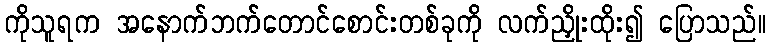
ကိုသူရက အနောက်ဘက်တောင်စောင်းတစ်ခုကို လက်ညှိုးထိုး၍ ပြောသည်။